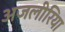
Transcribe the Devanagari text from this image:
अजलीरिया